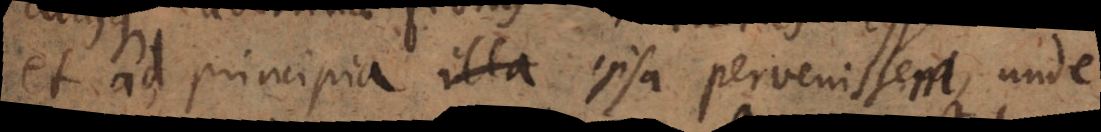
et ad principia illa ipsa pervenissent, unde